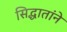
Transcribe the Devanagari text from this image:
सिद्धातांने